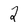
Character: 2